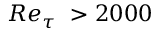
R e _ { \tau } ~ > { 2 0 0 0 }